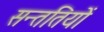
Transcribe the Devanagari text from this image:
सन्ततियों